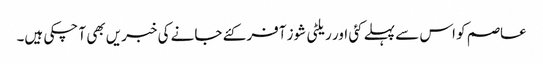
عاصم کو اس سے پہلے کئی اور ریلٹی شوز آفر کئے جانے کی خبریں بھی آ چکی ہیں۔